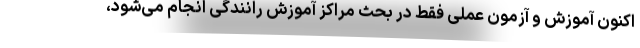
اکنون آموزش و آزمون عملی فقط در بحث مراکز آموزش رانندگی انجام می‌شود،